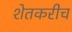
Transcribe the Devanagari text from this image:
शेतकरीच